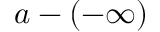
a - ( - \infty )